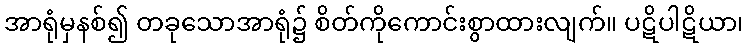
အာရုံမှနစ်၍ တခုသောအာရုံ၌ စိတ်ကိုကောင်းစွာထားလျက်။ ပဋိပါဋိယာ၊